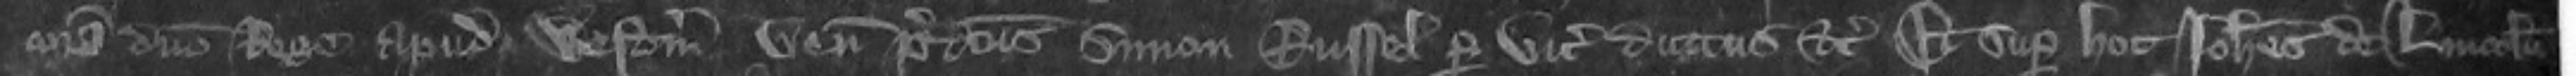
coram domino Rege apud Westmonasterium venit predictus Simon Russel per vicecomiti ductus etc et super hoc Johannes de Lincoln